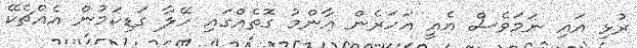
ރުޅި އައި ނަމަވެސް އެއީ އަހަރެން އާންމު ގޮަތެއްގައި ހޭލާ ގަޑިކަމުން އެއްޗެކޭ